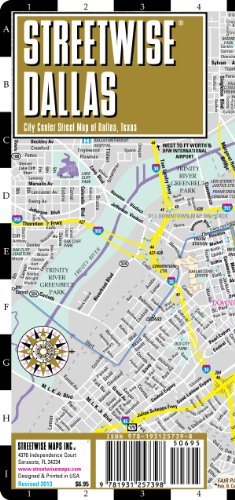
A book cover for Streetwise Dallas Map - Laminated City Center Street Map of Dallas, Texas; Streetwise Maps; Travel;